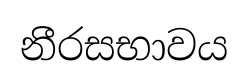
නීරසභාවය